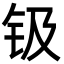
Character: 钑